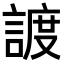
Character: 𧩧